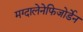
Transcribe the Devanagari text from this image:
मग्दालेनेफिजोर्डेन